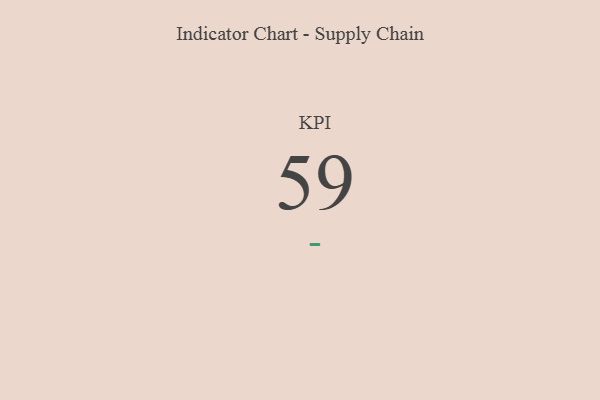
{"axis": {"x": "KPI", "y": "Value"}, "legend": [""], "data": [{"x": "KPI", "y": 59, "type": ""}]}